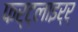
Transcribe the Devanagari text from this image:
फर्ट्लाइर्‍र्